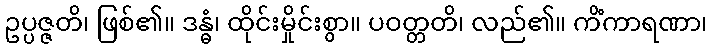
ဥပ္ပဇ္ဇတိ၊ ဖြစ်၏။ ဒန္ဓံ၊ ထိုင်းမှိုင်းစွာ။ ပဝတ္တတိ၊ လည်၏။ ကိံကာရဏာ၊